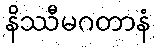
နိဿီမဂတာနံ